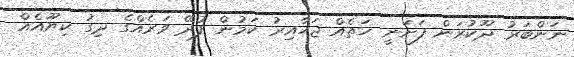
ނަންބަރު ދޫކުރަން ފަށަނީ ހަތެއް ޖަހާއިރު ކަމުން ފުދޭ ވަރެއްގެ ދިގު ކިޔޫއެއް